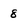
Character: 8